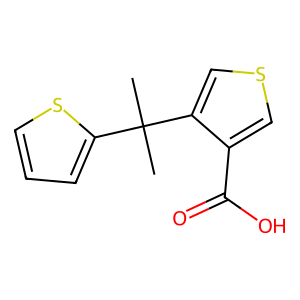
SMILES: CC(C)(c1cccs1)c1cscc1C(=O)O
Inhibits HIV replication: No